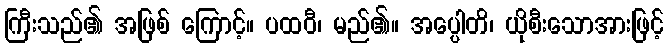
ကြီးသည်၏ အဖြစ် ကြောင့်။ ပထဝီ၊ မည်၏။ အပ္ပေါတိ၊ ယိုစီးသောအားဖြင့်